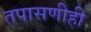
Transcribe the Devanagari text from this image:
तपासणीही